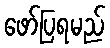
ဖော်ပြရမည်